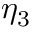
\eta _ { 3 }